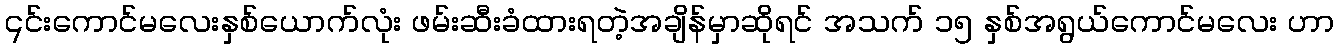
၎င်းကောင်မလေးနှစ်ယောက်လုံး ဖမ်းဆီးခံထားရတဲ့အချိန်မှာဆိုရင် အသက် ၁၅ နှစ်အရွယ်ကောင်မလေး ဟာ